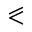
\eqslantless